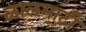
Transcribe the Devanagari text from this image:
ळालमाटी